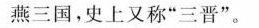
燕三国,史上又称“三晋”